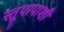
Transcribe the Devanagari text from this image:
स्तूपापाशी